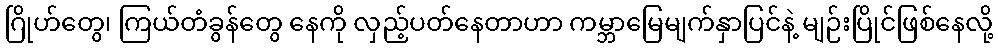
ဂြိုဟ်တွေ၊ ကြယ်တံခွန်တွေ နေကို လှည့်ပတ်နေတာဟာ ကမ္ဘာမြေမျက်နှာပြင်နဲ့ မျဉ်းပြိုင်ဖြစ်နေလို့